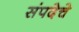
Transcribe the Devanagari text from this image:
संपदेचे